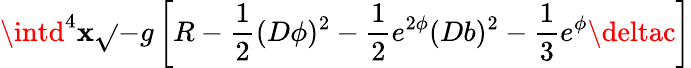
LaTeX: \intd^{4}\mathbf{x}\sqrt{}{{-g}}\left[R-\frac{{1}}{{2}}(D\phi)^{2}-\frac{{1}}{{2}}e^{2\phi}(Db)^{2}-\frac{{1}}{{3}}e^{\phi}\deltac\right]